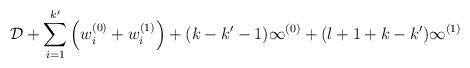
LaTeX: \begin{align*}\mathcal{D}+\sum_{i=1}^{k^\prime}\left(w_i^{(0)}+w_i^{(1)}\right) + (k-k^\prime-1)\infty^{(0)} + (l+1+k-k^\prime)\infty^{(1)}\end{align*}